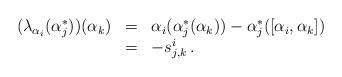
LaTeX: \begin{align*}\begin{array}{rcl} (\lambda_{\alpha_i}(\alpha_j^*))(\alpha_k) & = & \alpha_i(\alpha_j^*(\alpha_k)) - \alpha_j^*([\alpha_i,\alpha_k]) \\ & = & - s_{j,k}^i\,.\end{array}\end{align*}